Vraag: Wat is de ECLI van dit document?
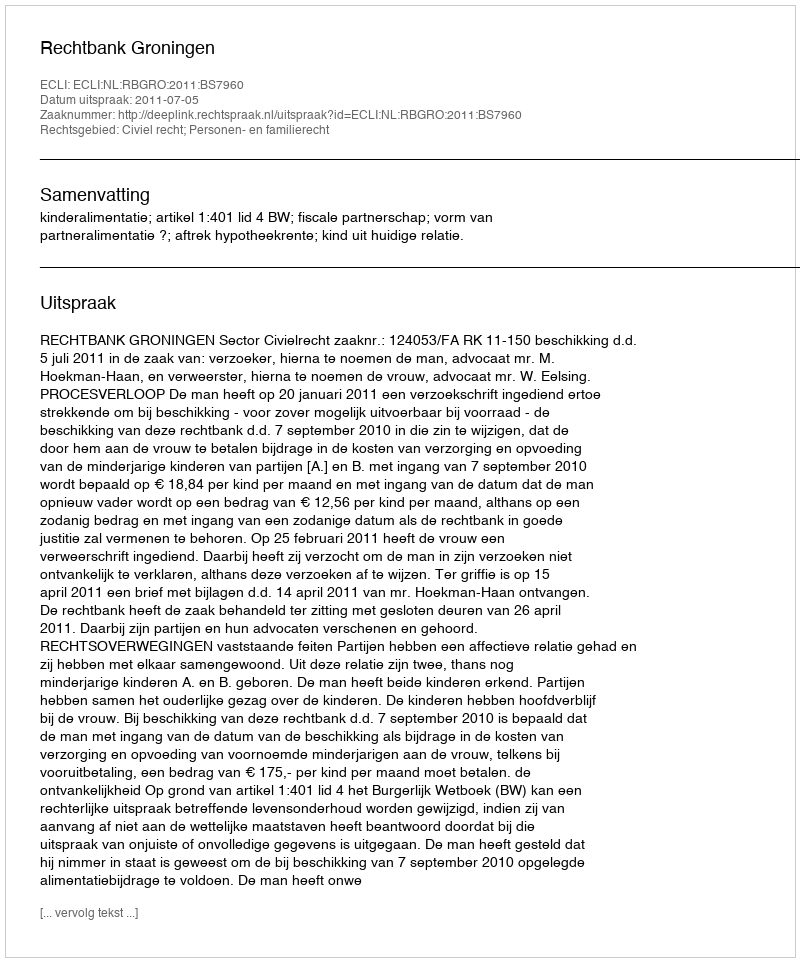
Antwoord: ECLI:NL:RBGRO:2011:BS7960